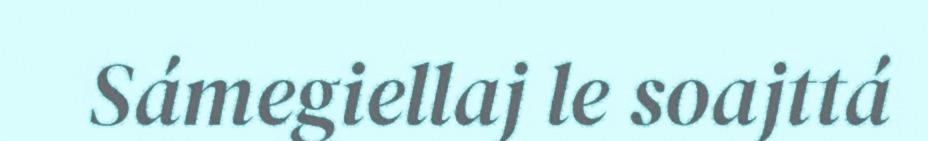
Sámegiellaj le soajttá